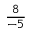
\frac { 8 } { - 5 }